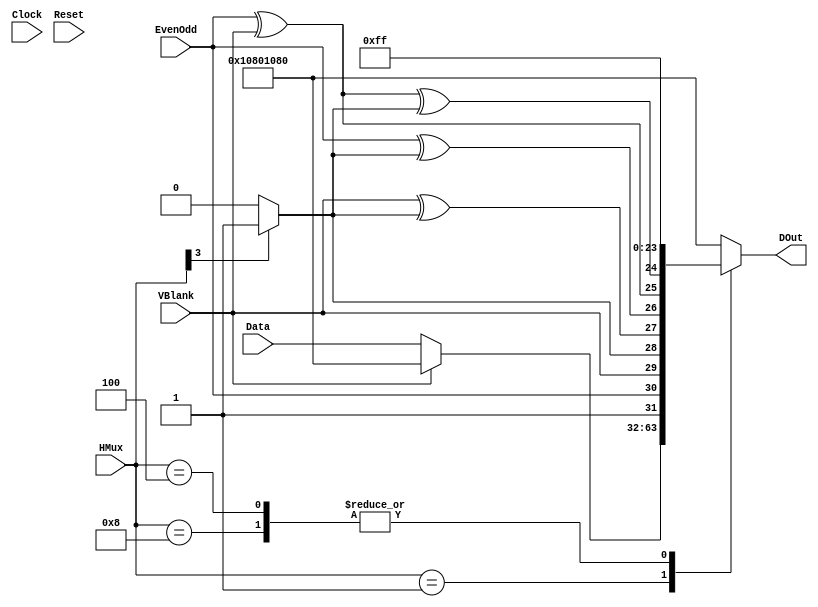
//////////////////////////////////////////////////////////////////////////////////
// Company: 
// Engineer: 
// 
// Design Name: 
// Module Name:    BlankGenMux 
// Project Name: 
// Target Devices: 
// Tool versions: 
// Description: 
//
// Dependencies: 
//
// Revision: 
// Revision 0.01 - File Created
// Additional Comments: 
//
//////////////////////////////////////////////////////////////////////////////////
module BlankGenMux(Clock, Reset, VBlank, HMux, Data, DOut, EvenOdd);
   
	//Inputs
	input Clock;
	input Reset;
	
	input EvenOdd;
	input VBlank;
   //input EAV;
	//input SAV;
	//input HBlank;
	//input HActive;
	//input [1:0] HMux;
   input [3:0] HMux;
	input [31:0] Data;
   
	//Outputs
	output [31:0] DOut;
	
	//Regs and Wires
	reg [31:0] DOut;
	//wire [31:0] DOut;
	
	//reg VBlankD;
	//reg [1:0] HMuxD;
	//wire[31:0] BlankData = 32'hd291d210;
	wire[31:0] BlankData = 32'h10801080;
	wire[31:0] Header;
	wire HeadFlag;
	wire E3, E2, E1, E0;	
	
	assign HeadFlag = HMux[3] ? 1'b1 : 1'b0;
	assign E3 = VBlank^HeadFlag;
	assign E2 = EvenOdd^HeadFlag;
	assign E1 = EvenOdd^VBlank;
	assign E0 = EvenOdd^VBlank^HeadFlag;

	assign Header = {1'b1, EvenOdd, VBlank, HeadFlag, E3, E2, E1, E0, 24'h0000FF}; 
	/*
	Delay		Delay1(.Clock(Clock), .Reset(Reset), .Data(VBlank), .DOut(VBlankD));
	Delay		Delay2(.Clock(Clock), .Reset(Reset), .Data(HMux), .DOut(HMuxD));
		defparam Delay2.width=2;*/
		
	//Parameters
	parameter EAVM = 4'b1000;
	parameter SAVM = 4'b0100;
	parameter BlankM = 4'b0010;
	parameter ActiveM = 4'b0001;
	
	//wire [31:0] blanker;
	//assign blanker = HMux[1] ? BlankData : Header;
	//assign DOut = (HMux[0]&~VBlank) ? Data : blanker;
	

	always @ ( * ) begin
		
		case(HMux)
		
			ActiveM: begin
				if(~VBlank)
					DOut = Data;
				else
					DOut = BlankData;
			end
			
			BlankM: begin
				DOut = BlankData;
			end
			
			EAVM: begin
				DOut = Header;
			end
			
			SAVM: begin
				DOut = Header;
			end
			
			default: begin
				DOut = BlankData;
			end
		
		endcase
		
	end
	
	
endmodule